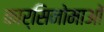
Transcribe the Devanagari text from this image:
कार्सिनोमाओं